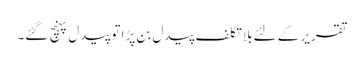
تقریر کے لئے بلا تکلف پیدل بن پڑا تو پیدل پہنچ گئے۔